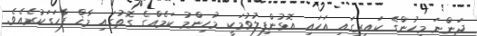
ދަންނަ މީހުންގެ ކައިރީގައި އަހައި އޮޅުންފިލުވުމަކީ މުހިންމު ކަމެއްގެ ގޮތުގައި މާޚް ފާހަގަކުރެއެވެ.